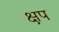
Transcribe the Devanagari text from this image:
क्षप